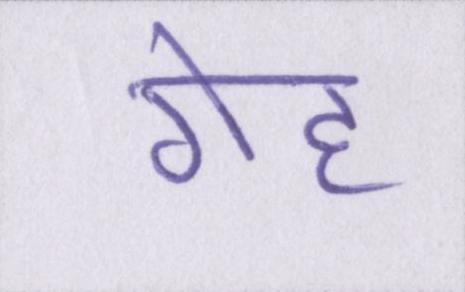
गेह